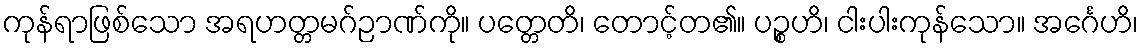
ကုန်ရာဖြစ်သော အရဟတ္တမဂ်ဉာဏ်ကို။ ပတ္တေတိ၊ တောင့်တ၏။ ပဉ္စဟိ၊ ငါးပါးကုန်သော။ အင်္ဂေဟိ၊